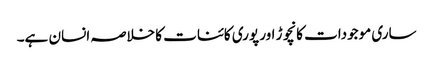
ساری موجودات کانچوڑ اور پوری کائنات کا خلاصہ انسان ہے۔